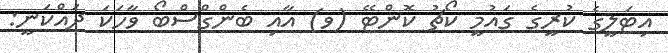
އިޓަލީގެ ކުރީގެ ގައުމީ ކޯޗު ކޮންޓޭ (ވ) އާއި ބެންގްސްބޯ ވާހަކަ ދައްކަނީ: